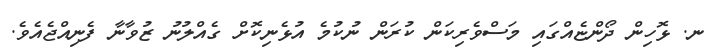
ނ. ޅޮހިން ދޯންޏެއްގައި މަސްވެރިކަން ކުރަން ނުކުމެ އުޅެނިކޮށް ގެއްލުނު ޒުވާނާާ ފެނިއްޖެއެވެ.